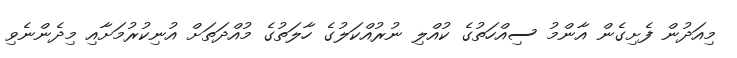
މިއަދުން ފެށިގެން އާންމު ސިއްހަތުގެ ކުއްލި ނުރުއްކަލުގެ ހާލަތުގެ މުއްދަތަށް އުނިކުރުމަށާއި މިދެންނެވި